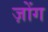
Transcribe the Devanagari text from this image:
ज़ोंग